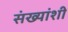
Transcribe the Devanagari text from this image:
संख्यांशी